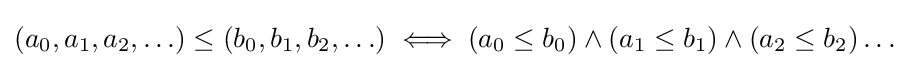
(a_{0},a_{1},a_{2},\ldots )\leq (b_{0},b_{1},b_{2},\ldots )\iff (a_{0}\leq b_{0})\wedge (a_{1}\leq b_{1})\wedge (a_{2}\leq b_{2})\ldots